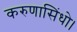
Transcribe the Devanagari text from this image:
करुणासिंधो।